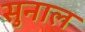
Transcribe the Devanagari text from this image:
सुनाल